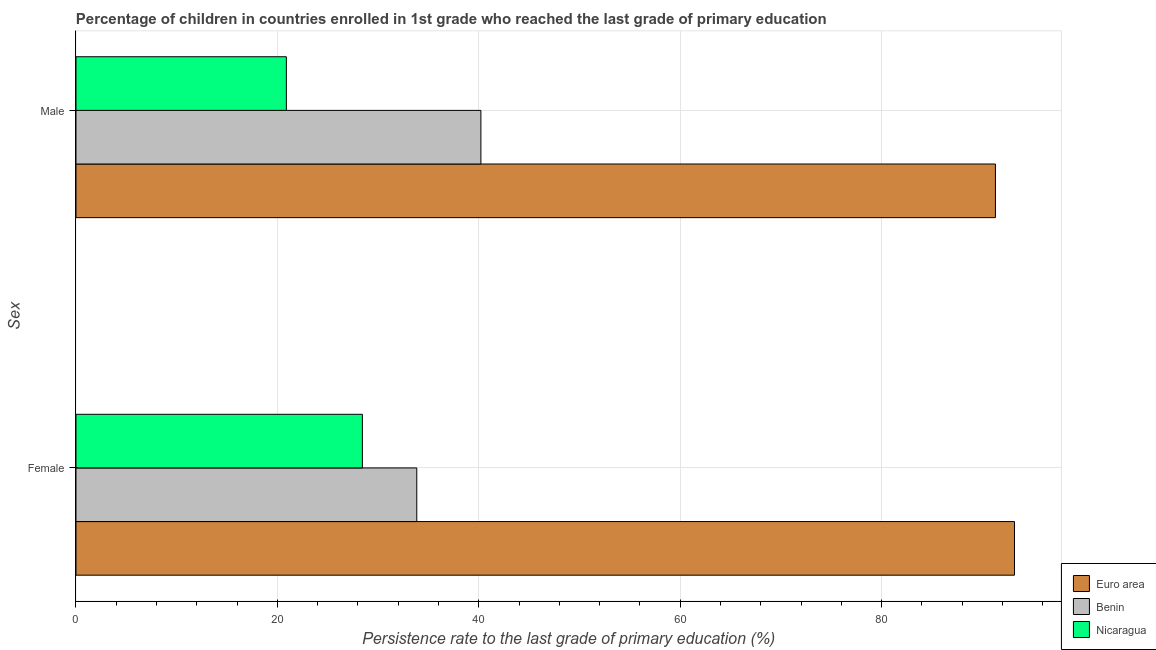
| Sex | Euro area | Benin | Nicaragua |
 | --- | --- | --- | --- |
 | Female | 93.2 | 33.8 | 28.4 |
 | Male | 91.3 | 40.2 | 20.9 |